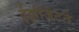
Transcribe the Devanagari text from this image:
ईझीजेटने